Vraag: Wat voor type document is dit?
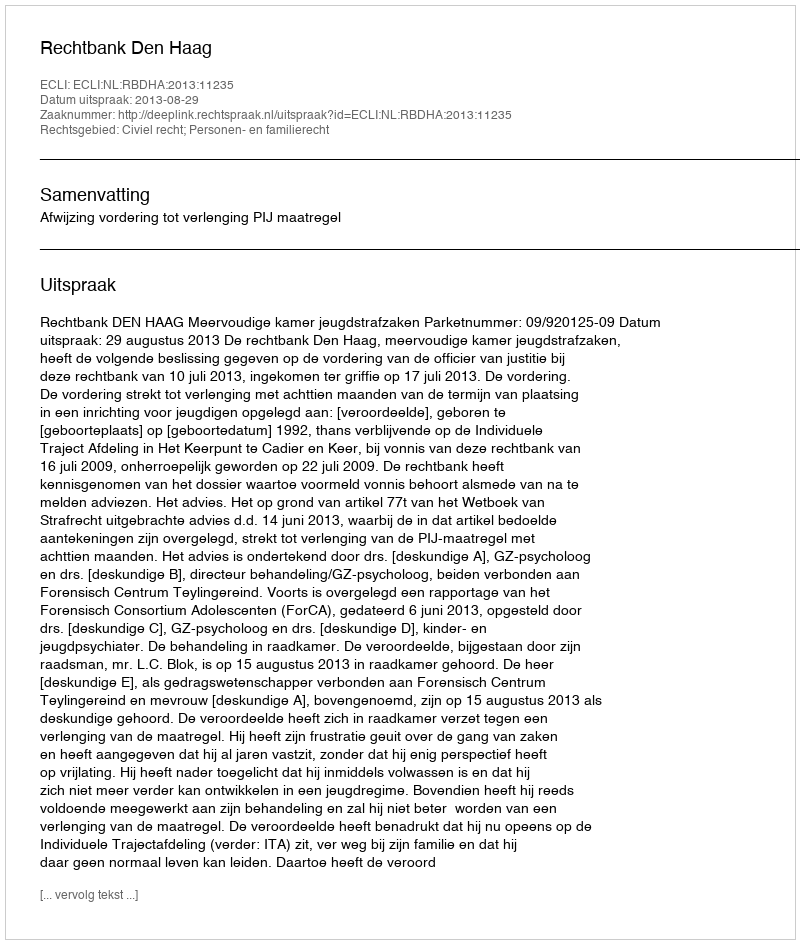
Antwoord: Uitspraak